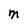
Character: M